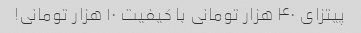
پیتزای ۴۰ هزار تومانی با کیفیت ۱۰ هزار تومانی!